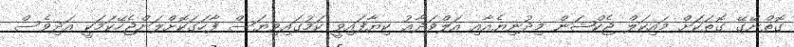
ގޮތްނޭގޭ ގޮތަކަށް މައިކަލް ޖެކްޝަން މިދުނިޔެއާއި އަލްވަދާޢު ކިޔާފައިވީ ކަމުގައިވިޔަސް ފާހަގަކޮށްލަންޖެހޭކަމަކީ އަދިވެސް